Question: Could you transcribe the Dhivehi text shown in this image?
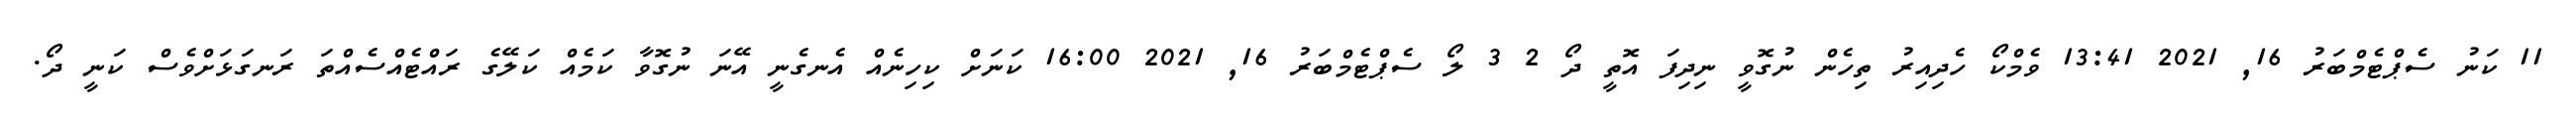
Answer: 11 ކަނު ސެޕްޓެމްބަރު 16, 2021 13:41 ވެމްކޯ ހެދިއިރު ތިހެން ނުގޮވީ ނިދިފަ އޮތީ ދޯ 2 3 ލޯ ސެޕްޓެމްބަރު 16, 2021 16:00 ކަނަށް ކިހިނެއް އެނގެނީ އޭނަ ނުގޮވާ ކަމެއް ކަލޭގެ ރައްޓެއްސެއްތަ ރަނގަޅަށްވެސް ކަނީ ދޯ.